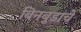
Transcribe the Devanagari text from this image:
बिनबुडाचे